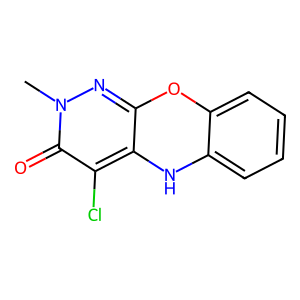
SMILES: Cn1nc2c(c(Cl)c1=O)Nc1ccccc1O2
Inhibits HIV replication: No